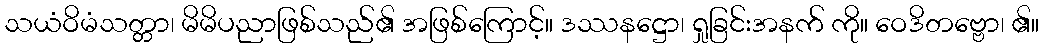
သယံဝိမံသတ္တာ၊ မိမိပညာဖြစ်သည်၏ အဖြစ်ကြောင့်။ ဒဿနဋ္ဌော၊ ရှုခြင်းအနက် ကို။ ဝေဒိတဗ္ဗော၊ ၏။